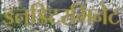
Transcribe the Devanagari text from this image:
इनडिटरमिनेट